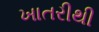
ખાતરીથી